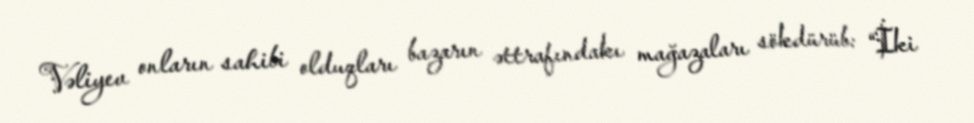
Vəliyev onların sahibi olduqları bazarın əttrafındakı mağazaları sökdürüb: “İki